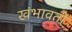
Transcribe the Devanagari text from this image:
खंभावती